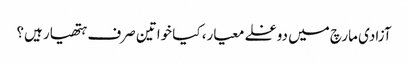
آزادی مارچ میں دوغلے معیار، کیا خواتین صرف ہتھیار ہیں؟